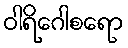
ဝါရိဂေါစရော